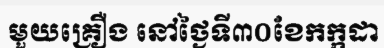
មួយគ្រឿង នៅថ្ងៃទី៣០ខែកក្កដា